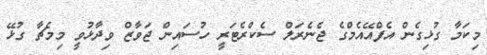
މިކަމާ ގުޅިގެން އެފްއޭއެމްގެ ޖެނެރަލް ސެކްރެޓަރީ ހުސައިން ޖަވާޒް ވިދާޅުވީ މިމެޗާ ގުޅޭ